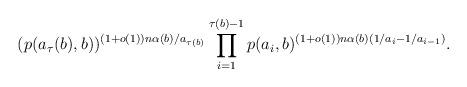
LaTeX: \begin{align*}(p(a_\tau(b),b))^{(1+o(1))n\alpha(b)/a_{\tau(b)}}\prod_{i=1}^{\tau(b)-1}p(a_i,b)^{(1+o(1))n\alpha(b)(1/a_i-1/a_{i-1})}.\end{align*}